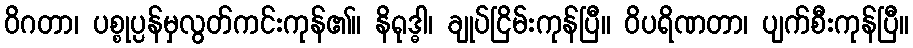
ဝိဂတာ၊ ပစ္စုပ္ပန်မှလွတ်ကင်းကုန်၏။ နိရုဒ္ဓါ၊ ချုပ်ငြိမ်းကုန်ပြီ။ ဝိပရိဏတာ၊ ပျက်စီးကုန်ပြီ။